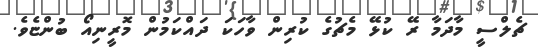
ޗެލްސީ މާދަމާ ރޭ ކުޅޭ މެޗުގެ ކުރިން ވާހަކަ ދައްކަމުން މޮރީނިއޯ ބުންޏެވެ.